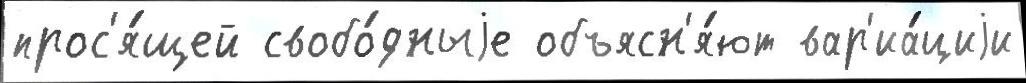
прос'я́щей свобо́дныjе объясн'я́ют вар'иа́циjи